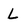
Character: L